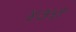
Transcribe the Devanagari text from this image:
४७५९